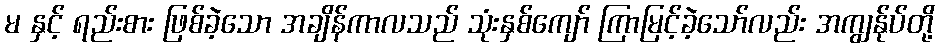
မ နှင့် ရည်းစား ဖြစ်ခဲ့သော အချိန်ကာလသည် သုံးနှစ်ကျော် ကြာမြင့်ခဲ့သော်လည်း အကျွန်ုပ်တို့